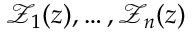
\mathcal { Z } _ { 1 } ( z ) , \ldots , \mathcal { Z } _ { n } ( z )